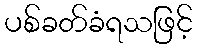
ပစ်ခတ်ခံရသဖြင့်